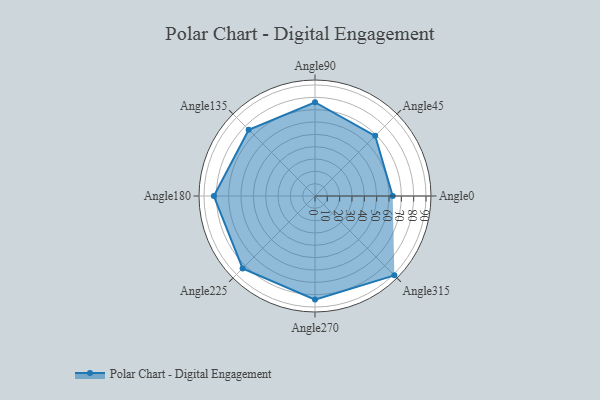
{"axis": {"x": "Angle", "y": "Radius"}, "legend": [""], "data": [{"x": "Angle0", "y": 63.0, "type": ""}, {"x": "Angle45", "y": 69.0, "type": ""}, {"x": "Angle90", "y": 76.0, "type": ""}, {"x": "Angle135", "y": 76.0, "type": ""}, {"x": "Angle180", "y": 82.0, "type": ""}, {"x": "Angle225", "y": 83.0, "type": ""}, {"x": "Angle270", "y": 84.0, "type": ""}, {"x": "Angle315", "y": 91.0, "type": ""}]}